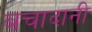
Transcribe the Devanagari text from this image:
बचादानी